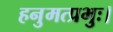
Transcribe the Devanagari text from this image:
हनुमत्प्रभुः।